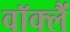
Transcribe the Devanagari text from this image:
वॉक्लैं